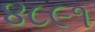
૪૮૯૧